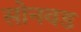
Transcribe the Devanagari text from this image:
सोनवड